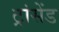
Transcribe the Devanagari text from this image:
ट्रांसेंड